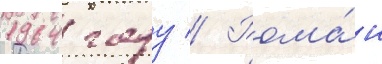
1964 году // Рома́н